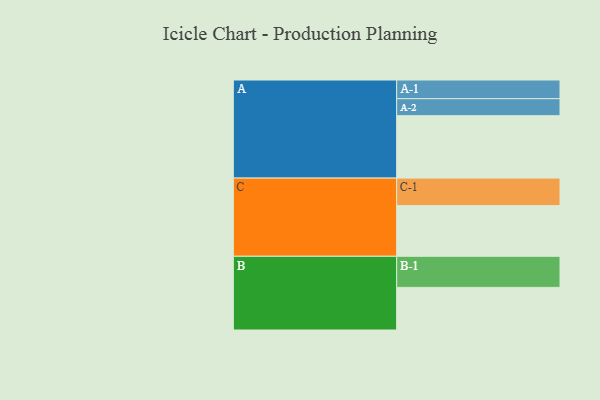
{"axis": {"x": "Segment", "y": "Value"}, "legend": ["", "A", "B", "C"], "data": [{"x": "A", "y": 558, "type": ""}, {"x": "B", "y": 381, "type": ""}, {"x": "C", "y": 453, "type": ""}, {"x": "A-1", "y": 167, "type": "A"}, {"x": "A-2", "y": 152, "type": "A"}, {"x": "B-1", "y": 278, "type": "B"}, {"x": "C-1", "y": 246, "type": "C"}]}